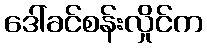
ဒေါ်ခင်စန်းလှိုင်က